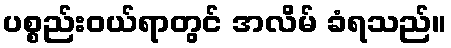
ပစ္စည်းဝယ်ရာတွင် အလိမ် ခံရသည်။